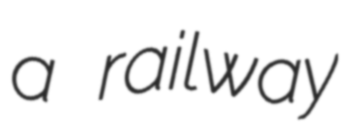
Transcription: a railway